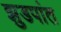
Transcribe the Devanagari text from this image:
झुडपांत